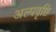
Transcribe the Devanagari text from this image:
अल्पवृष्टि